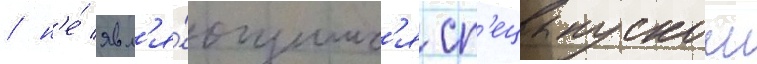
/ н'е́ явл'я́ющимс'я сп'ецвыпуском